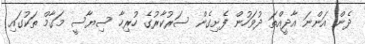
ދެން އަންނަ އާދީއްތަ ދުވަހުން ފެށިގެން ސަރުކާރުގެ ހުރިހާ ސިޔާސީ މަގާމް ތަކުގައި